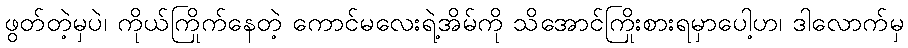
ဖွတ်တဲ့မှပဲ၊ ကိုယ်ကြိုက်နေတဲ့ ကောင်မလေးရဲ့အိမ်ကို သိအောင်ကြိုးစားရမှာပေါ့ဟ၊ ဒါလောက်မှ